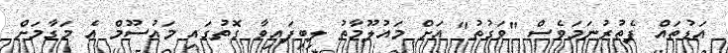
އަޑުތައް ފެތުރުނަމަވެސް "ވަގުތު" އަށް މައުލޫމާތު ލިބިފައިވާ ގޮތުގައި މައުސޫމް އެ މަގާމަށް